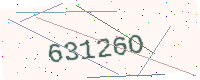
Text: 63126O